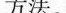
方法。